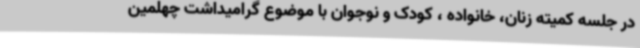
در جلسه کمیته زنان، خانواده ، کودک و نوجوان با موضوع گرامیداشت چهلمین